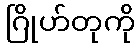
ဂြိုဟ်တုကို